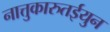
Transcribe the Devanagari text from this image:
नात्तुकारुतईयुन